Vaccination in the Punjab 1883-1896 - 1883-1896
Year: 1883
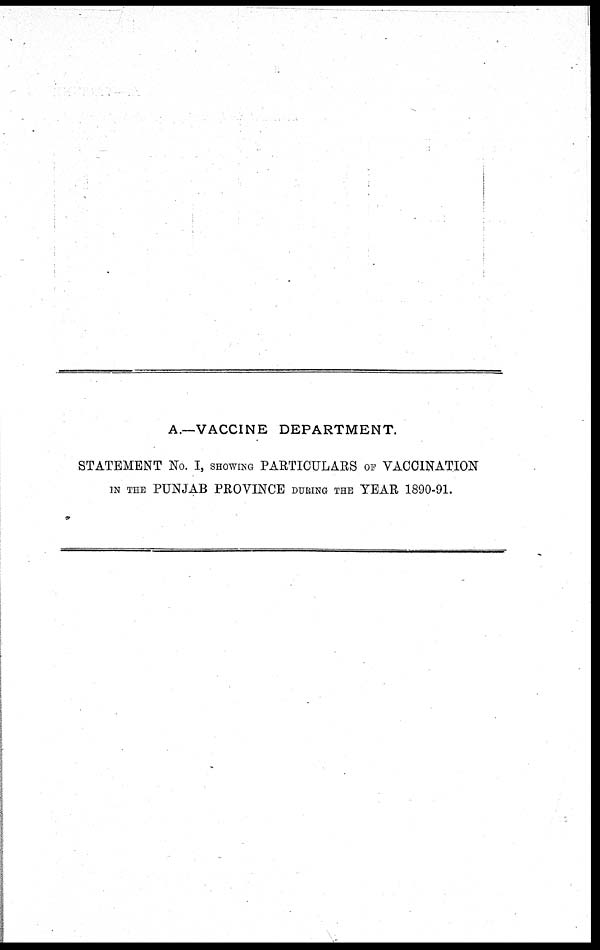
A.—VACCINE DEPARTMENT.
STATEMENT No. I, SHOWING PARTICULARS OF VACCINATION
IN THE PUNJAB PROVINCE DURING THE YEAR 1890-91.